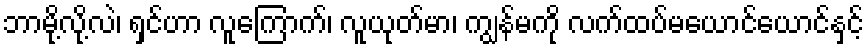
ဘာမို့လို့လဲ၊ ရှင်ဟာ လူကြောက်၊ လူယုတ်မာ၊ ကျွန်မကို လက်ထပ်မယောင်ယောင်နှင့်